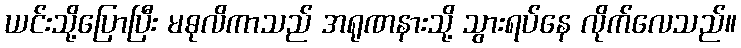
ယင်းသို့ပြောပြီး မဓုလိကာသည် အရုဏနားသို့ သွားရပ်နေ လိုက်လေသည်။